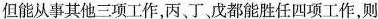
但能从事其他三项工作，丙、丁，戊都能胜任四项工作，则